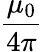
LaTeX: \frac{\mu_{0}}{4\pi}